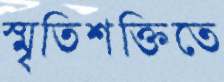
স্মৃতিশক্তিতে